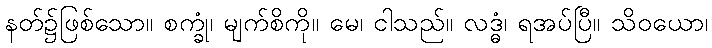
နတ်၌ဖြစ်သော။ စက္ခုံ၊ မျက်စိကို။ မေ၊ ငါသည်။ လဒ္ဓံ၊ ရအပ်ပြီ။ သိဝယော၊